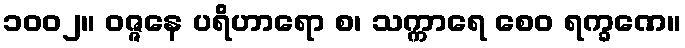
၁၀၀၂။ ဝဇ္ဇနေ ပရိဟာရော စ၊ သက္ကာရေ စေဝ ရက္ခဏေ။